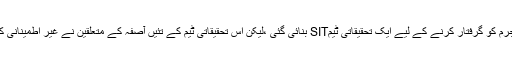
ابتداءمیں مجرم کو گرفتار کرنے کے لیے ایک تحقیقاتی ٹیمSIT بنائی گئی ،لیکن اِس تحقیقاتی ٹیم کے تئیں آصفہ کے متعلقین نے غیر اطمینانی کا اظہار کیا۔